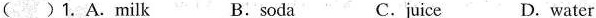
( ) 1. A.milk B.soda C.juice D. water